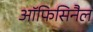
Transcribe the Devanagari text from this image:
ऑफिसिनैल